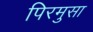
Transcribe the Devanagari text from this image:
पिरमुसा